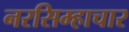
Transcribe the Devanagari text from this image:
नरसिम्हाचार